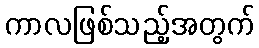
ကာလဖြစ်သည့်အတွက်